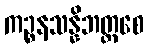
ကဉ္စနသန္နိဘတ္တစေ